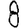
Digit: 8